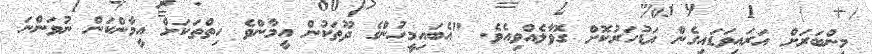
މިންބަރަށް އަރައިވަޑައިގެން އަޑުހަރުކޮށް ގޮވާލެއްވިއެވެ. "އެބައިމީހުންގެ ދޫތަކުން އީމާންވެ ހިތްތަކަށް އީމާންކަން ނުވަންނަ